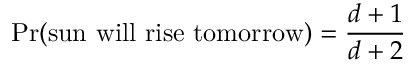
\operatorname* { P r } ( { \mathrm { s u n ~ w i l l ~ r i s e ~ t o m o r r o w } } ) = { \frac { d + 1 } { d + 2 } }